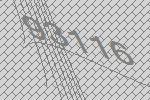
93116